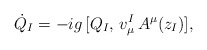
\begin{align*}\dot Q_I=-ig\,[Q_I,\,v^I_\mu\,A^\mu (z_I)], \end{align*}